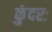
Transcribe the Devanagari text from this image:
कुंदरः